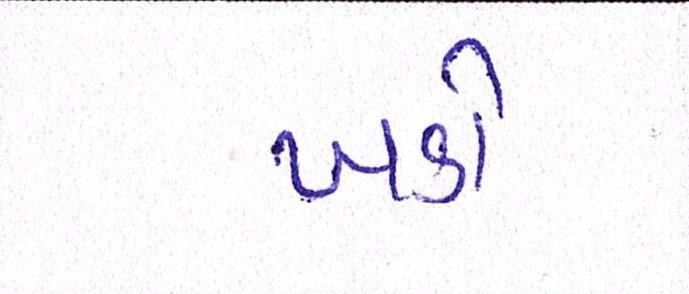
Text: ખડો